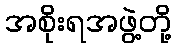
အစိုးရအဖွဲ့တို့